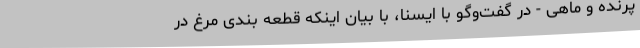
پرنده و ماهی - در گفت‌وگو با ایسنا، با بیان اینکه قطعه بندی مرغ در